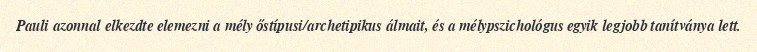
Pauli azonnal elkezdte elemezni a mély őstípusi/archetipikus álmait, és a mélypszichológus egyik legjobb tanítványa lett.